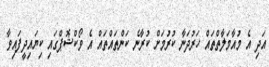
އަދި އެ މުއާމަލާތްތައް ހަރުދަނާ ކުރުމަށް ކުރާނެ ކަންތައްތައް އެ ވޯކްޝޮޕްގައި ކިޔައިދީފައިވާ